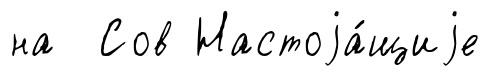
на Сов Настоjа́щиjе